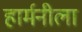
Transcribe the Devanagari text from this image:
हार्मनीला